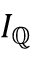
I _ { \mathbb { Q } }